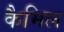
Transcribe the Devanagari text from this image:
कैमिल